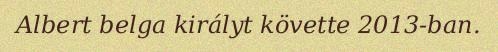
Albert belga királyt követte 2013-ban.